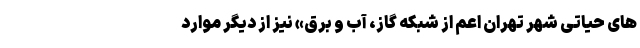
های حیاتی شهر تهران اعم از شبکه گاز، آب و برق» نیز از دیگر موارد